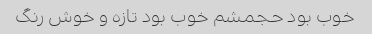
خوب بود حجمشم خوب بود تازه و خوش رنگ